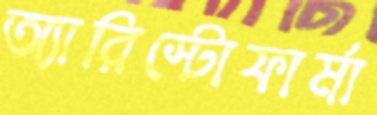
অ্যারিস্টোফার্মা